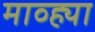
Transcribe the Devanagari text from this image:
माव्ह्या